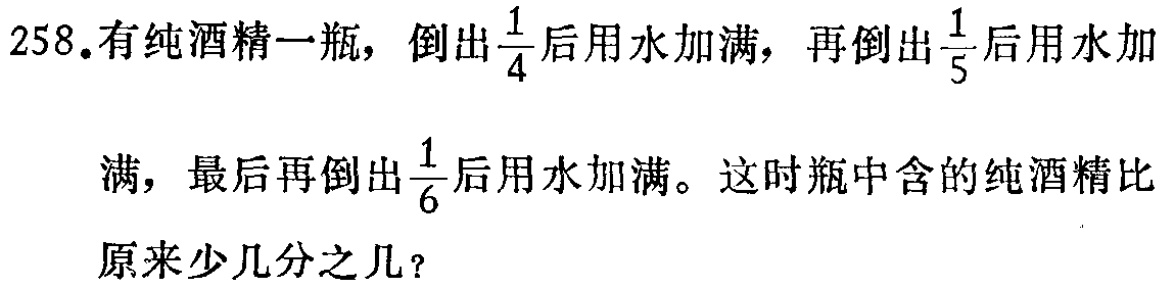
258.有纯酒精一瓶，倒出$\frac{1}{4}$后用水加满，再倒出$\frac{1}{5}$后用水加

满，最后再倒出$\frac{1}{6}$后用水加满。这时瓶中含的纯酒精比

原来少几分之几？